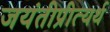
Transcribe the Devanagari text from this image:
जयंतीप्रीत्यर्थ